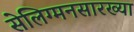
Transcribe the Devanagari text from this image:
सेलिग्मनसारख्या